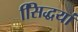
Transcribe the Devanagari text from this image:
सििद्धयां